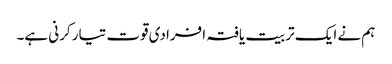
ہم نے ایک تربیت یافتہ افرادی قوت تیار کرنی ہے۔